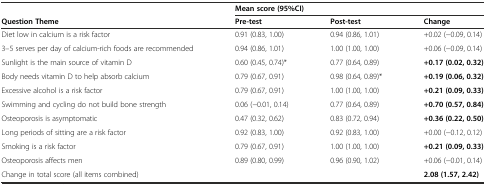
|  | <COLSPAN=3> Mean score (95%CI) |
 | Question Theme | Pre-test | Post-test | Change |
 | --- | --- | --- | --- |
 | Diet low in calcium is a risk factor | 0.91 (0.83, 1.00) | 0.94 (0.86, 1.01) | +0.02 (−0.09, 0.14) |
 | 3–5 serves per day of calcium-rich foods are recommended | 0.94 (0.86, 1.01) | 1.00 (1.00, 1.00) | +0.06 (−0.09, 0.14) |
 | Sunlight is the main source of vitamin D | 0.60 (0.45, 0.74)* | 0.77 (0.64, 0.89) | +0.17 (0.02, 0.32) |
 | Body needs vitamin D to help absorb calcium | 0.79 (0.67, 0.91) | 0.98 (0.64, 0.89)* | +0.19 (0.06, 0.32) |
 | Excessive alcohol is a risk factor | 0.79 (0.67, 0.91) | 1.00 (1.00, 1.00) | +0.21 (0.09, 0.33) |
 | Swimming and cycling do not build bone strength | 0.06 (−0.01, 0.14) | 0.77 (0.64, 0.89) | +0.70 (0.57, 0.84) |
 | Osteoporosis is asymptomatic | 0.47 (0.32, 0.62) | 0.83 (0.72, 0.94) | +0.36 (0.22, 0.50) |
 | Long periods of sitting are a risk factor | 0.92 (0.83, 1.00) | 0.92 (0.83, 1.00) | +0.00 (−0.12, 0.12) |
 | Smoking is a risk factor | 0.79 (0.67, 0.91) | 1.00 (1.00, 1.00) | +0.21 (0.09, 0.33) |
 | Osteoporosis affects men | 0.89 (0.80, 0.99) | 0.96 (0.90, 1.02) | +0.06 (−0.01, 0.14) |
 | Change in total score (all items combined) |  |  | 2.08 (1.57, 2.42) |